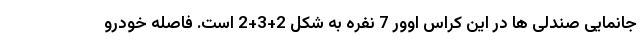
جانمایی صندلی ها در این کراس اوور 7 نفره به شکل 2+3+2 است. فاصله خودرو